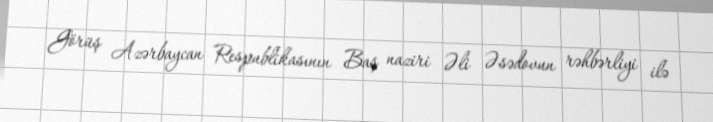
Görüş Azərbaycan Respublikasının Baş naziri Əli Əsədovun rəhbərliyi ilə